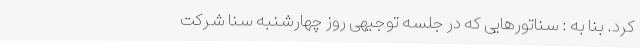
کرد. بنا به : سناتورهایی که در جلسه توجیهی روز چهارشنبه سنا شرکت